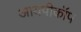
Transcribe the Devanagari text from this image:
आयपीकॉप